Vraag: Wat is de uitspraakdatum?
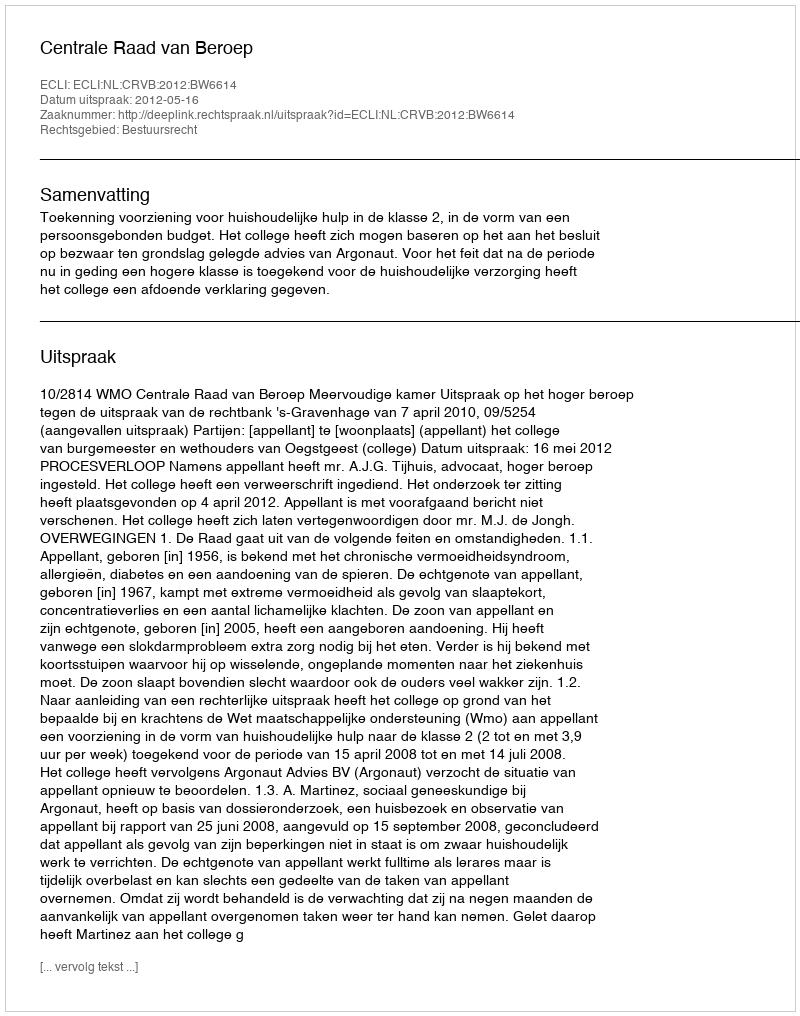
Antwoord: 2012-05-16